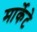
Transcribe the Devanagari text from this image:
मार्केटे